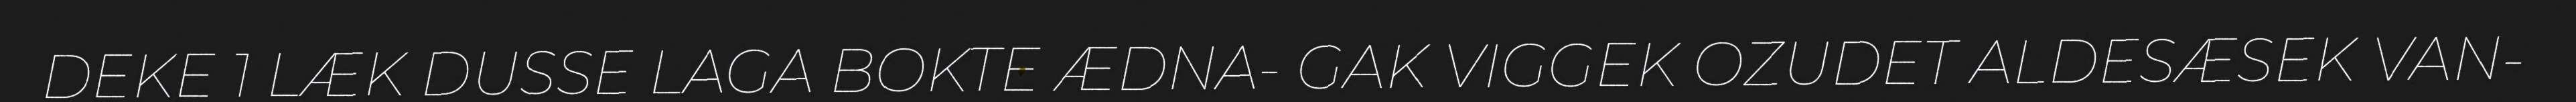
DEKE 1 LÆK DUSSE LAGA BOKTE ÆDNA- GAK VIGGEK OZUDET ALDESÆSEK VAN-